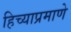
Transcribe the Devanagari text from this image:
हिच्याप्रमाणे